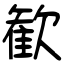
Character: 歓